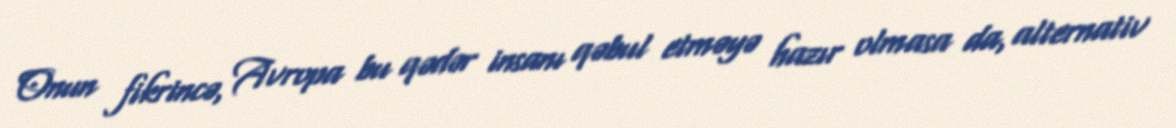
Onun fikrincə, Avropa bu qədər insanı qəbul etməyə hazır olmasa da, alternativ